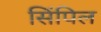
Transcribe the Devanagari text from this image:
सिंपिल